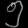
Digit: ၅